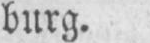
burg